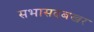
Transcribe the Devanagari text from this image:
सभासदबखर